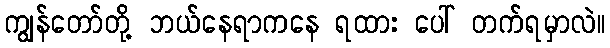
ကျွန်တော်တို့ ဘယ်နေရာကနေ ရထား ပေါ် တက်ရမှာလဲ။